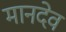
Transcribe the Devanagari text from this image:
मानदेव